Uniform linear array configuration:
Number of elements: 12
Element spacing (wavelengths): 1
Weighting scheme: exponential
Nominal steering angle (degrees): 45
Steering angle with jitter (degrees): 43.141
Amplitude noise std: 0.05
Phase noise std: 0.05

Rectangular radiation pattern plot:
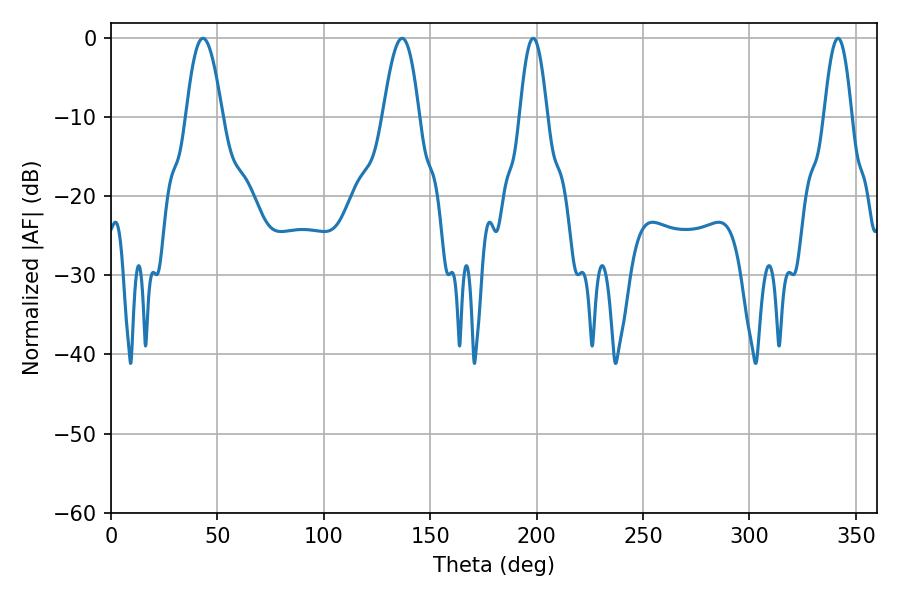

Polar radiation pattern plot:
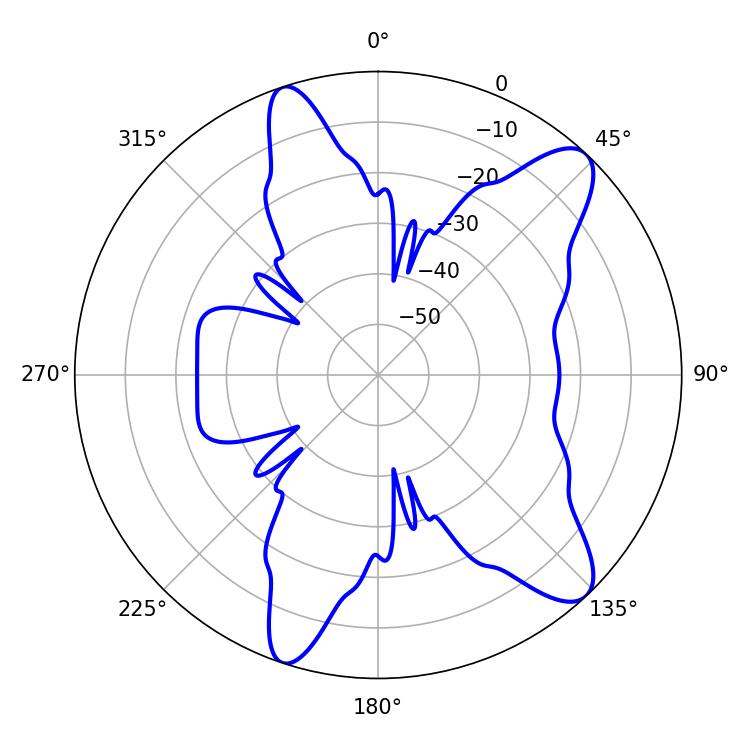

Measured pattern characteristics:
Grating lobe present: TRUE
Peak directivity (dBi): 10.834
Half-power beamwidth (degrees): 9.36
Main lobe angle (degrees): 43.2